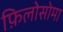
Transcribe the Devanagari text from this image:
फ़िलोसोमा